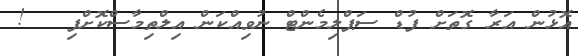
އޮޅުން އަރާ ގޮތަށް ފުޑް ސަޕްލިމެންޓް ނުވިއްކަން އިލްތިމާސްކޮށްފި   !